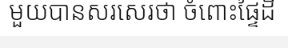
មួយបានសរសេរថា ចំពោះផ្ទៃដី